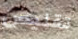
تقليص